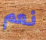
نعم